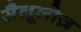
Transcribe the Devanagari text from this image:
सैलूलोज़